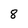
Character: 8